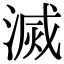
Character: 滅